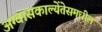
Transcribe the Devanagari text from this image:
अग्वासकाल्येंतेसमधील